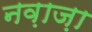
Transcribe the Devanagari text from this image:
नव़ाज़ा